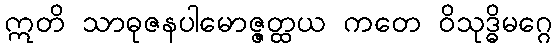
ဣတိ သာဓုဇနပါမောဇ္ဇတ္ထယ ကတေ ဝိသုဒ္ဓိမဂ္ဂေ